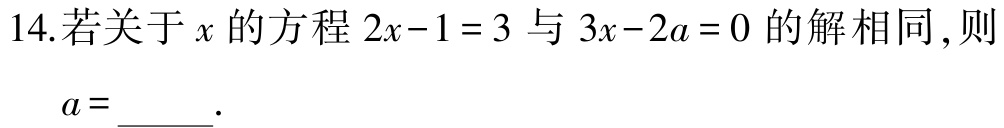
14.若关于\(x\)的方程\(2x - 1 = 3\)与\(3x - 2a = 0\)的解相同，则\(a=\underline{\quad\quad}\).